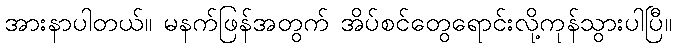
အားနာပါတယ်။ မနက်ဖြန်အတွက် အိပ်စင်တွေရောင်းလို့ကုန်သွားပါပြီ။